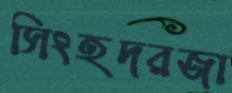
সিংহদরজা